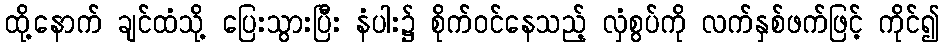
ထို့နောက် ချင်ထံသို့ ပြေးသွားပြီး နံပါး၌ စိုက်ဝင်နေသည့် လှံစွပ်ကို လက်နှစ်ဖက်ဖြင့် ကိုင်၍